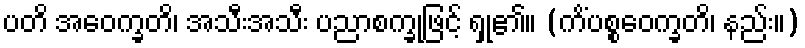
ပတိ အဝေက္ခတိ၊ အသီးအသီး ပညာစက္ခုဖြင့် ရှု၏။ (ကိံပစ္စဝေက္ခတိ၊ နည်း။)